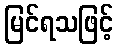
မြင်ရသဖြင့်